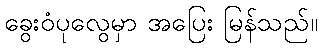
ခွေးဝံပုလွေမှာ အပြေး မြန်သည်။